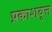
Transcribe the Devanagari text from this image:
प्रकाशवृत्त